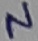
Text: N